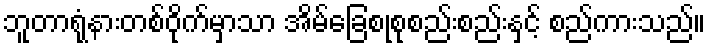
ဘူတာရုံနားတစ်ဝိုက်မှာသာ အိမ်ခြေစုစုစည်းစည်းနှင့် စည်ကားသည်။